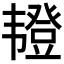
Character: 𫖖